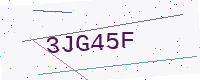
Text: 3JG45F